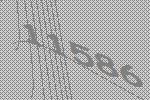
11586